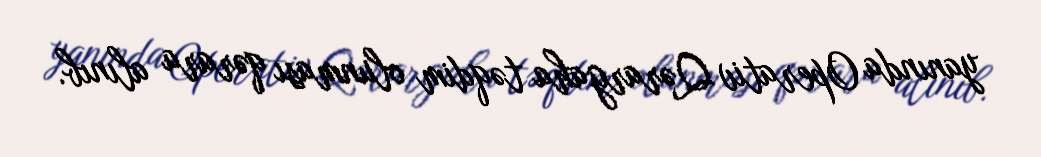
yanında Operativ Qərargaha təqdim olunması qərara alınıb.